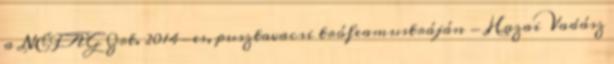
a NEFAG Zrt. 2014-es, pusztavacsi trófeamustráján - Hazai Vadász